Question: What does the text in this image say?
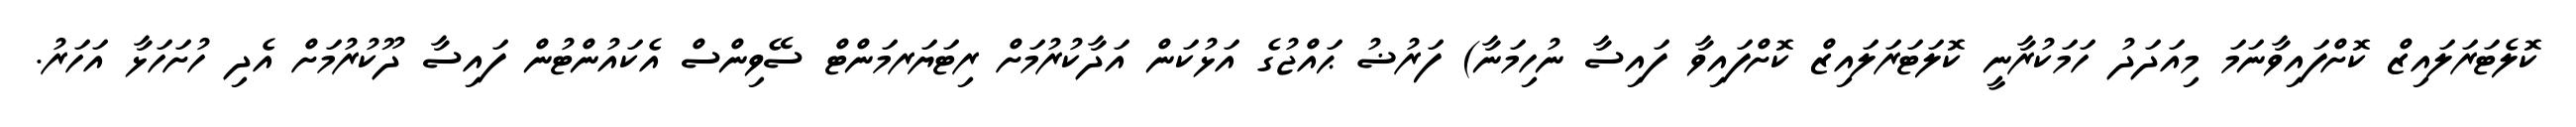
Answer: ކޮލެޓަރަލައިޒް ކޮށްފައިވާނަމަ މިއަދަދު ހަމަކުރާނީ ކޮލަޓަރަލައިޒް ކޮށްފައިވާ ފައިސާ ނުހިމަނާ) ފަރުޟު ޙައްޖުގެ އަޅުކަން އަދާކުރުމަށް ރިޓަޔަރމަންޓް ސޭވިންސް އެކައުންޓުން ފައިސާ ދޫކުރުމަށް އެދި ހުށަހަޅާ އަހަރު.